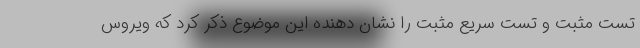
تست مثبت و تست سریع مثبت را نشان دهنده این موضوع ذکر کرد که ویروس